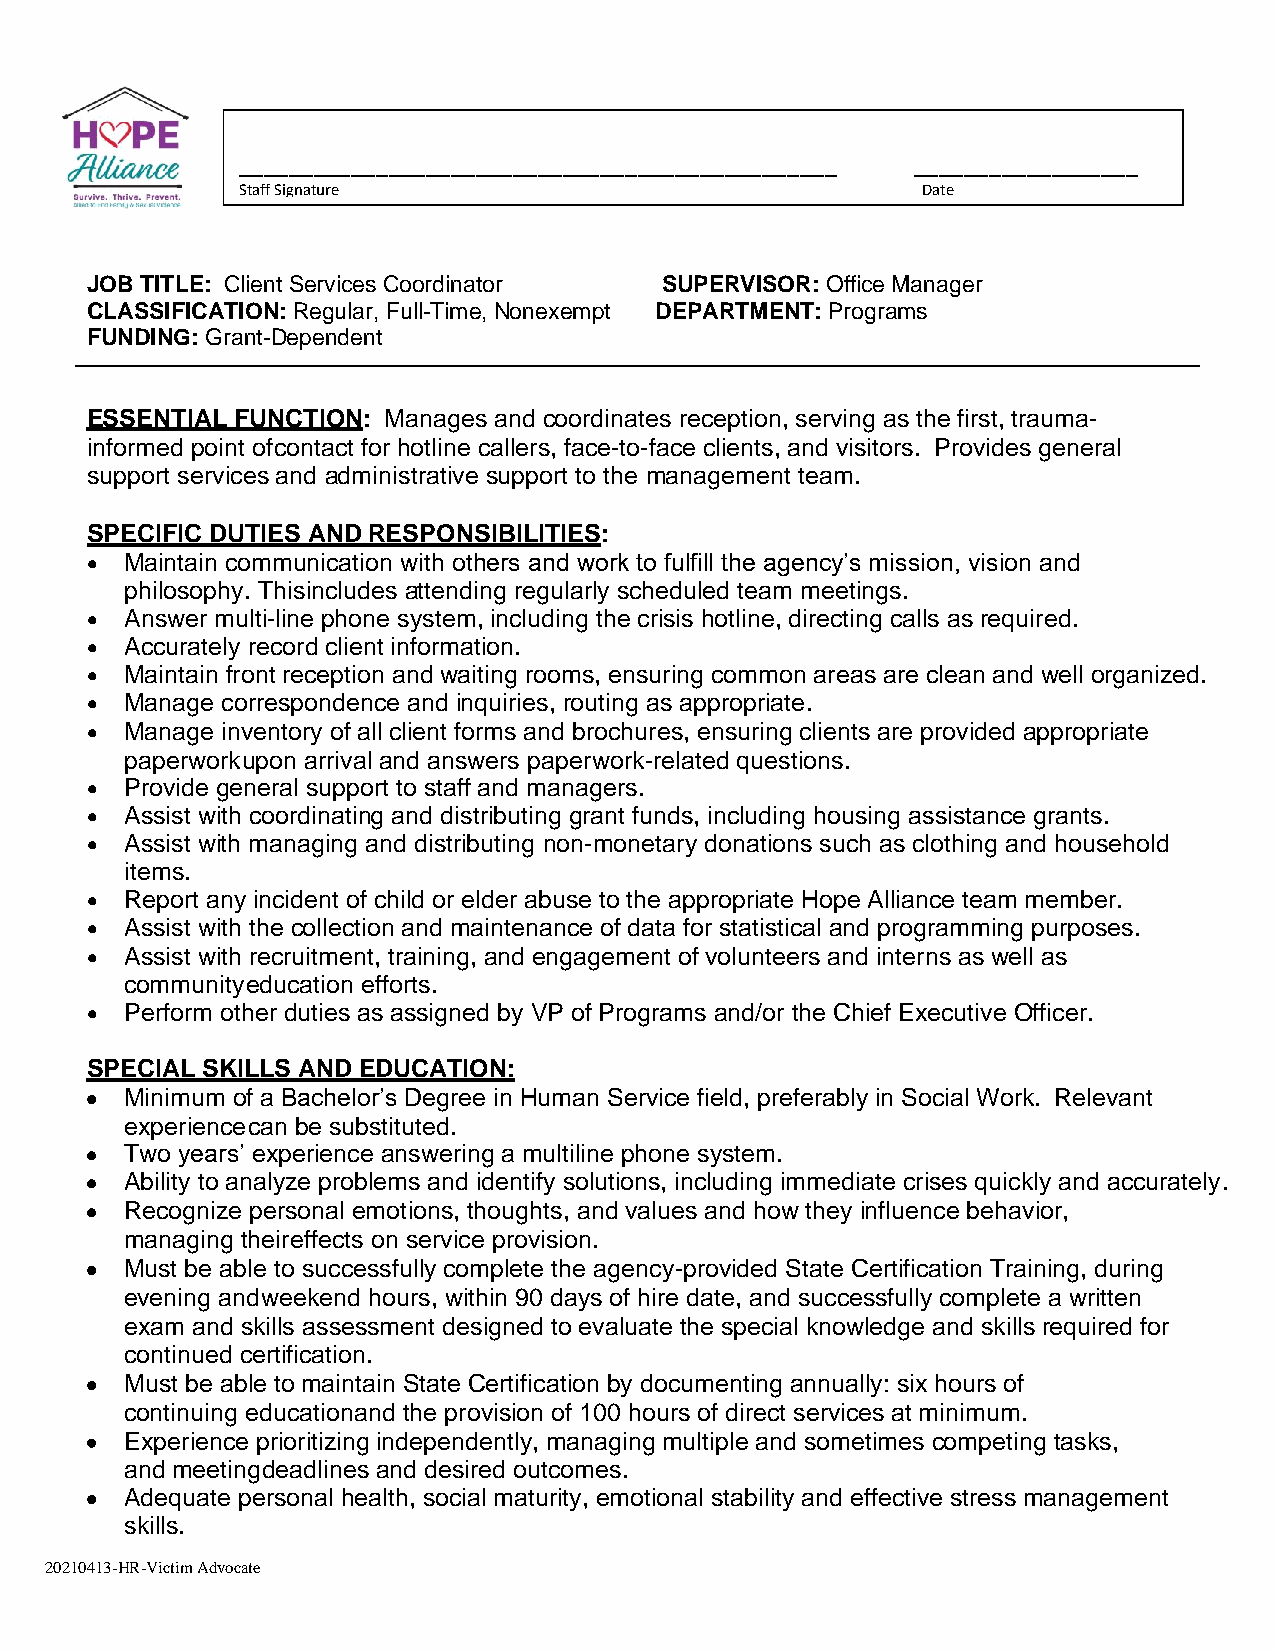
________________________________________________ __________________
 Staff Signature                              Date
 JOB TITLE: Client Services Coordinator SUPERVISOR: Office Manager
 CLASSIFICATION: Regular, Full-Time, Nonexempt DEPARTMENT: Programs
 FUNDING: Grant-Dependent
 ESSENTIAL FUNCTION: Manages and coordinates reception, serving as the first, trauma-
 informed point of contact for hotline callers, face-to-face clients, and visitors. Provides general
 support services and administrative support to the management team.
 SPECIFIC DUTIES AND RESPONSIBILITIES:
 • Maintain communication with others and work to fulfill the agency’s mission, vision and
 philosophy. This includes attending regularly scheduled team meetings.
 • Answer multi-line phone system, including the crisis hotline, directing calls as required.
 • Accurately record client information.
 • Maintain front reception and waiting rooms, ensuring common areas are clean and well organized.
 • Manage correspondence and inquiries, routing as appropriate.
 • Manage inventory of all client forms and brochures, ensuring clients are provided appropriate
 paperwork upon arrival and answers paperwork-related questions.
 • Provide general support to staff and managers.
 • Assist with coordinating and distributing grant funds, including housing assistance grants.
 • Assist with managing and distributing non-monetary donations such as clothing and household
 items.
 • Report any incident of child or elder abuse to the appropriate Hope Alliance team member.
 • Assist with the collection and maintenance of data for statistical and programming purposes.
 • Assist with recruitment, training, and engagement of volunteers and interns as well as
 community education efforts.
 • Perform other duties as assigned by VP of Programs and/or the Chief Executive Officer.
 SPECIAL SKILLS AND EDUCATION:
 • Minimum of a Bachelor’s Degree in Human Service field, preferably in Social Work. Relevant
 experience can be substituted.
 • Two years’ experience answering a multiline phone system.
 • Ability to analyze problems and identify solutions, including immediate crises quickly and accurately.
 • Recognize personal emotions, thoughts, and values and how they influence behavior,
 managing their effects on service provision.
 • Must be able to successfully complete the agency-provided State Certification Training, during
 evening and weekend hours, within 90 days of hire date, and successfully complete a written
 exam and skills assessment designed to evaluate the special knowledge and skills required for
 continued certification.
 • Must be able to maintain State Certification by documenting annually: six hours of
 continuing education and the provision of 100 hours of direct services at minimum.
 • Experience prioritizing independently, managing multiple and sometimes competing tasks,
 and meeting deadlines and desired outcomes.
 • Adequate personal health, social maturity, emotional stability and effective stress management
 skills.
 20210413-HR-Victim Advocate